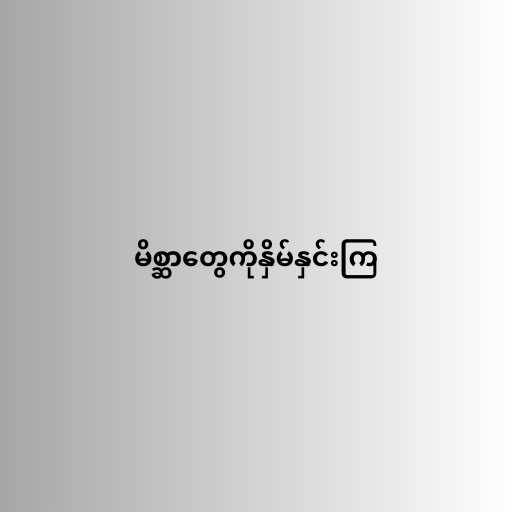
မိစ္ဆာတွေကိုနှိမ်နှင်းကြ